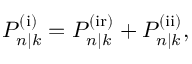
\begin{array} { r } { P _ { n | k } ^ { \mathrm { ( i ) } } = P _ { n | k } ^ { \mathrm { ( i r ) } } + P _ { n | k } ^ { \mathrm { ( i i ) } } , } \end{array}